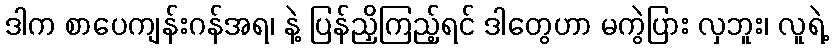
ဒါက စာပေကျန်းဂန်အရ၊ နဲ့ ပြန်ညှိကြည့်ရင် ဒါတွေဟာ မကွဲပြား လှဘူး၊ လူရဲ့